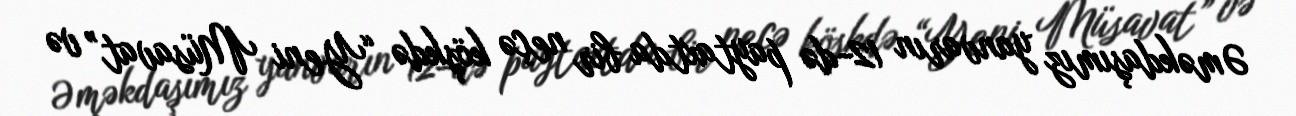
Əməkdaşımız yanvarın 12-də paytaxtda bir neçə köşkdə “Yeni Müsavat” və